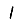
Digit: 1